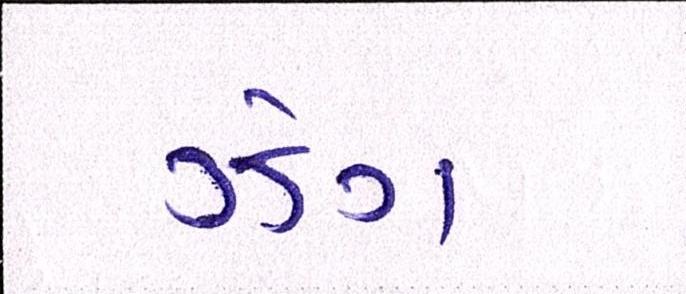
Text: ઝેંગ